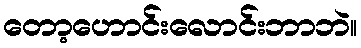
တော့ဟောင်းလောင်းဘာဘဲ။